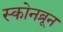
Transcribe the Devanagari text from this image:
स्कोनब्रून